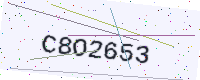
Text: C8O2653